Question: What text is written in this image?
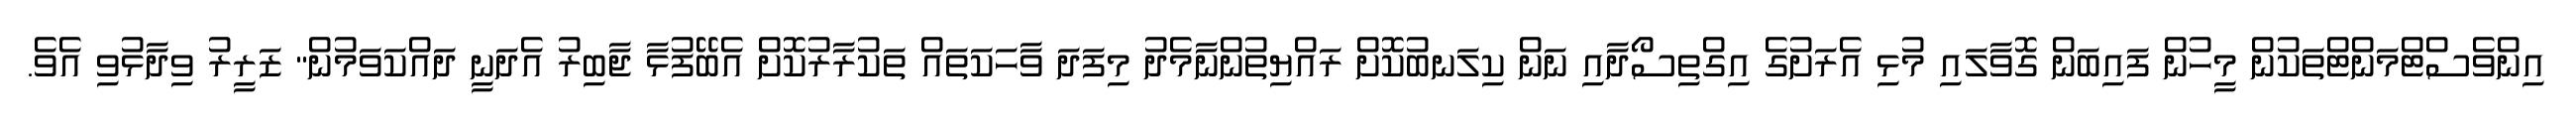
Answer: އިންވެސްޓްމަންޓްތަކުން މީހުން ފައިބަން ގޮވާލައި މުޅި އެރަށުގެ އިގްތިސޯދާއި ނަން ކިލަނބުކޮށް ރައްޔިތުންނާމެދު މިފަދަ ވާހަކަތައް ތަކުރާރުކޮށް އެބޭފުޅާ ޖާބިރު އެދަނީ ދައްކަވަމުން" ޒަރީރު ވިދާޅުވި އެވެ.